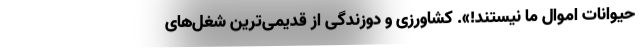
حیوانات اموال ما نیستند!». کشاورزی و دوزندگی از قدیمی‌ترین شغل‌های